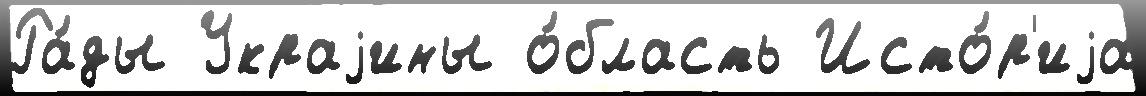
Ра́ды Украjины о́бласть Исто́р'иjа